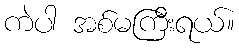
ကဲပါ အစ်မကြီးရယ်။